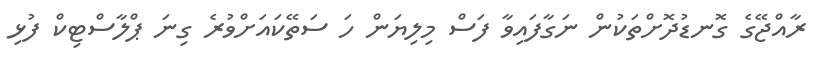
ރާއްޖޭގެ ގޮނޑުދޮށްތަކުން ނަގާފައިވާ ފަސް މިލިޔަން ހަ ސަތޭކައަށްވުރެ ގިނަ ޕްލާސްޓިކް ފުޅި